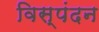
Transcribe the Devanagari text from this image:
विस्पंदन